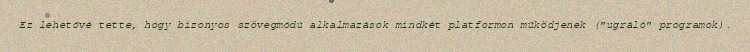
Ez lehetővé tette, hogy bizonyos szövegmódú alkalmazások mindkét platformon működjenek ("ugráló" programok).